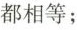
都相等；